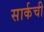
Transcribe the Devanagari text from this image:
सार्कची